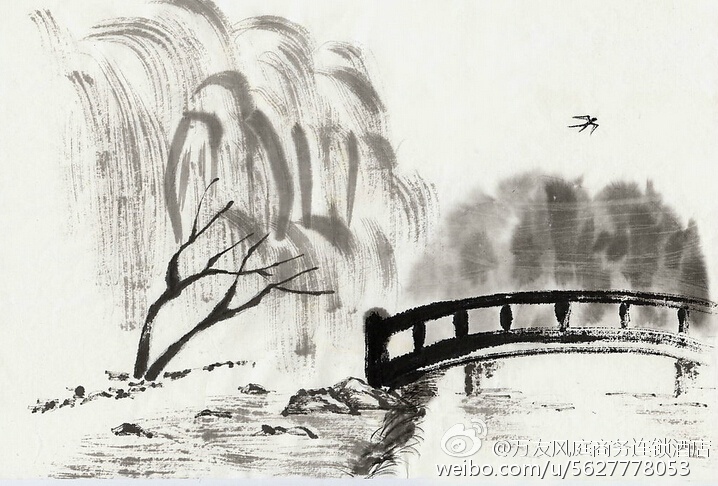
雁来音信无凭，路遥归梦难成。